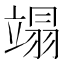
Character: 𫁩